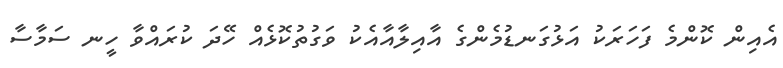
އެއިން ކޮންމެ ފަހަރަކު އަޅުގަނޑުމެންގެ އާއިލާއާއެކު ވަގުތުކޮޅެއް ހޭދަ ކުރައްވާ ހީނ ސަމާސާ